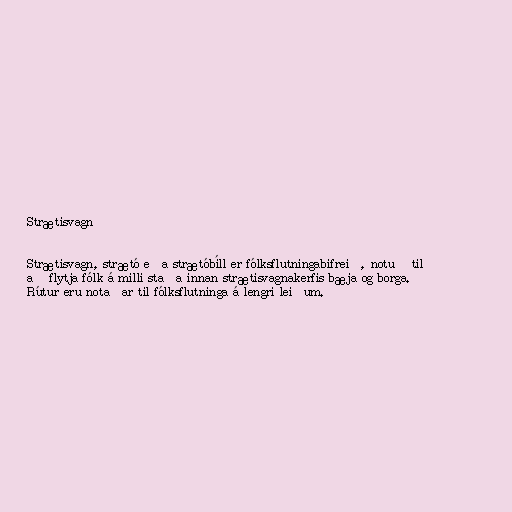
Strætisvagn

Strætisvagn, strætó eða strætóbíll er fólksflutningabifreið, notuð til
að flytja fólk á milli staða innan strætisvagnakerfis bæja og borga.
Rútur eru notaðar til fólksflutninga á lengri leiðum.